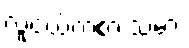
လူငယ်ကစားသမား